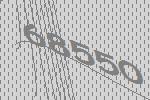
68550